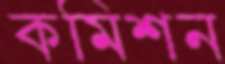
কমিশন